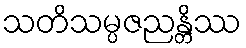
သတိသမ္ပဇညန္တိဿ